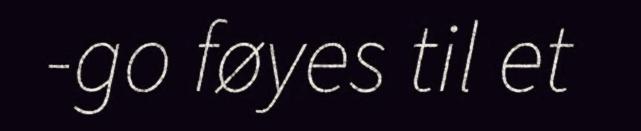
-go føyes til et